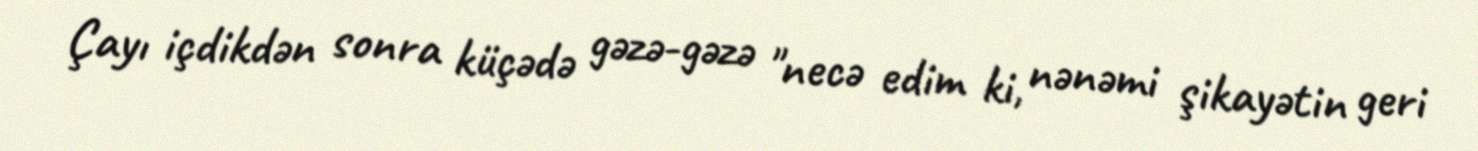
Çayı içdikdən sonra küçədə gəzə-gəzə "necə edim ki, nənəmi şikayətin geri